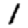
Digit: 1